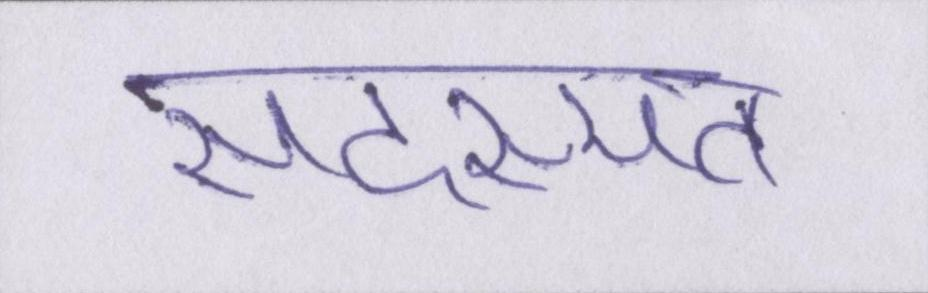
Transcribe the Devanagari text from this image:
सदस्यता